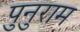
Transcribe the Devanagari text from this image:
पुनुराम